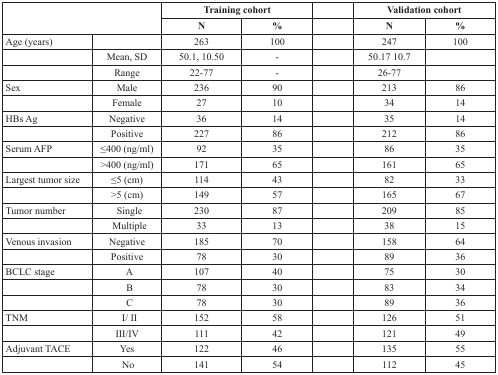
| <ROWSPAN=2-COLSPAN=2>  | <COLSPAN=2> Training cohort |  | <COLSPAN=2> Validation cohort |
 | N | % |  | N | % |
 | --- | --- | --- | --- | --- | --- | --- |
 | Age (years) |  | 263 | 100 |  | 247 | 100 |
 |  | Mean, SD | 50.1, 10.50 | - |  | 50.17 10.7 |  |
 |  | Range | 22-77 | - |  | 26-77 |  |
 | Sex | Male | 236 | 90 |  | 213 | 86 |
 |  | Female | 27 | 10 |  | 34 | 14 |
 | HBs Ag | Negative | 36 | 14 |  | 35 | 14 |
 |  | Positive | 227 | 86 |  | 212 | 86 |
 | Serum AFP | ≤400 (ng/ml) | 92 | 35 |  | 86 | 35 |
 |  | >400 (ng/ml) | 171 | 65 |  | 161 | 65 |
 | Largest tumor size | ≤5 (cm) | 114 | 43 |  | 82 | 33 |
 |  | >5 (cm) | 149 | 57 |  | 165 | 67 |
 | Tumor number | Single | 230 | 87 |  | 209 | 85 |
 |  | Multiple | 33 | 13 |  | 38 | 15 |
 | Venous invasion | Negative | 185 | 70 |  | 158 | 64 |
 |  | Positive | 78 | 30 |  | 89 | 36 |
 | BCLC stage | A | 107 | 40 |  | 75 | 30 |
 |  | B | 78 | 30 |  | 83 | 34 |
 |  | C | 78 | 30 |  | 89 | 36 |
 | TNM | I/ II | 152 | 58 |  | 126 | 51 |
 |  | III/IV | 111 | 42 |  | 121 | 49 |
 | Adjuvant TACE | Yes | 122 | 46 |  | 135 | 55 |
 |  | No | 141 | 54 |  | 112 | 45 |